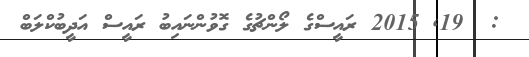
:  19